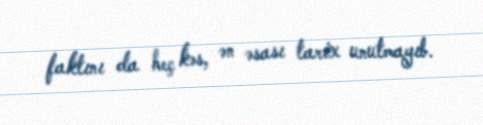
faktını da heç kəs, ən əsası tarix unutmayıb.